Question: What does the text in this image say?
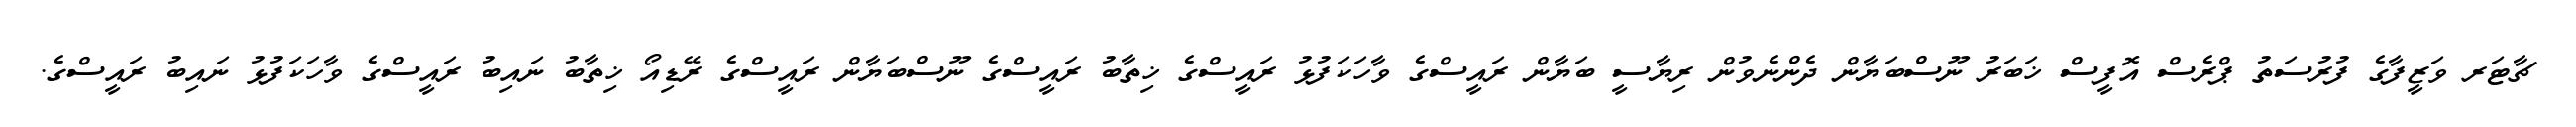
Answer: ޗާޓަރ ވަޒީފާގެ ފުރުސަތު ޕްރެސް އޮފީސް ޚަބަރު ނޫސްބަޔާން ދެންނެވުން ރިޔާސީ ބަޔާން ރައީސްގެ ވާހަކަފުޅު ރައީސްގެ ޚިތާބު ރައީސްގެ ނޫސްބަޔާން ރައީސްގެ ރޭޑިއޯ ޚިތާބު ނައިބު ރައީސްގެ ވާހަކަފުޅު ނައިބު ރައީސްގެ.